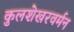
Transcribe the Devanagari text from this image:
कुलशेखरवर्मन